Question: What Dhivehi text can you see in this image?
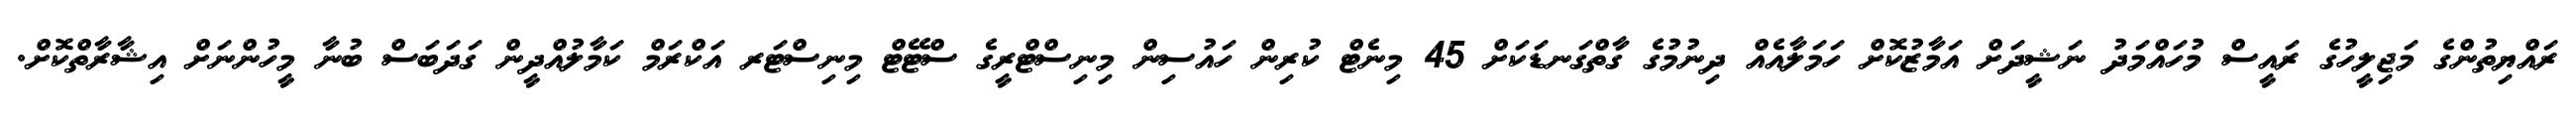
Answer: ރައްޔިތުންގެ މަޖިލީހުގެ ރައީސް މުހައްމަދު ނަޝީދަށް އަމާޒުކޮށް ހަމަލާއެއް ދިނުމުގެ ގާތްގަނޑަކަށް 45 މިނެޓް ކުރިން ހައުސިން މިނިސްޓްރީގެ ސްޓޭޓް މިނިސްޓަރ އަކްރަމް ކަމާލުއްދީން ގަދަބަސް ބުނާ މީހުންނަށް އިޝާރާތްކޮށް.